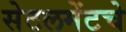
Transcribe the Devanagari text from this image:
सेटलमेंटचे